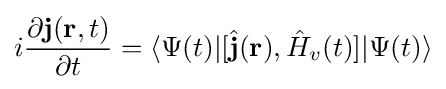
i{\frac {\partial \mathbf {j} (\mathbf {r} ,t)}{\partial t}}=\langle \Psi (t)|[{\hat {\mathbf {j} }}(\mathbf {r} ),{\hat {H}}_{v}(t)]|\Psi (t)\rangle